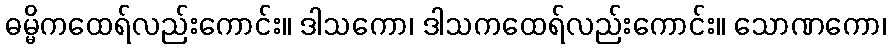
ဓမ္မိကထေရ်လည်းကောင်း။ ဒါသကော၊ ဒါသကထေရ်လည်းကောင်း။ သောဏကော၊